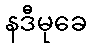
နဒီမုခေ